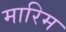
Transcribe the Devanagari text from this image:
मारिम